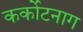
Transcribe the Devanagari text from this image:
कर्कोटनाग